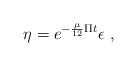
\begin{align*}\eta = e^{- \frac{\mu}{12} \Pi t } \epsilon~,\end{align*}